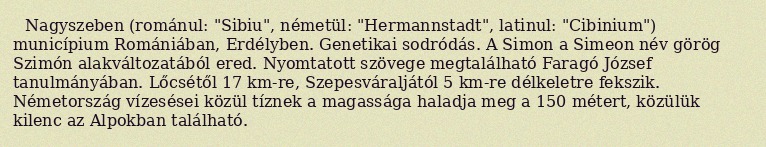
Nagyszeben (románul: "Sibiu", németül: "Hermannstadt", latinul: "Cibinium") municípium Romániában, Erdélyben. Genetikai sodródás. A Simon a Simeon név görög Szimón alakváltozatából ered. Nyomtatott szövege megtalálható Faragó József tanulmányában. Lőcsétől 17 km-re, Szepesváraljától 5 km-re délkeletre fekszik. Németország vízesései közül tíznek a magassága haladja meg a 150 métert, közülük kilenc az Alpokban található.